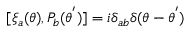
[ { \xi } _ { a } ( \theta ) , P _ { b } ( { \theta } ^ { ' } ) ] = i { \delta } _ { a b } { \delta } ( \theta - { \theta } ^ { ' } )